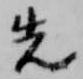
先